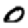
Digit: 0